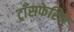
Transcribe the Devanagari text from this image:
ट्राँसफेरिन